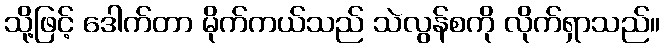
သို့ဖြင့် ဒေါက်တာ မိုက်ကယ်သည် သဲလွန်စကို လိုက်ရှာသည်။